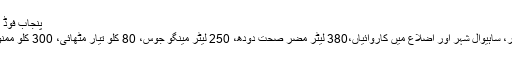
پنجاب فوڈ اتھارٹی کی کارروائیاںمضر صحت اشیا تلفلاکھوں روپے جرمانہ
عمران یونس : پنجاب فوڈ اتھارٹی کی ملتان، ڈی جی خان، بہاولپور، ساہیوال شہر اور اضلاع میں کاروائیاں،380 لیٹر مضر صحت دودھ، 250 لیٹر مینگو جوس، 80 کلو تیار مٹھائی، 300 کلو ممنوعہ اشیاء، 300 پیس آئس کریم اور 50 کلو شیرہ تلف کر دیا گیا۔